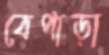
বেপাড়া